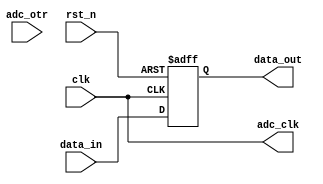
module ad9226 (
    input clk,
    input rst_n,
    input [11:0] data_in,
    input adc_otr,
    output adc_clk,
    output reg [11:0] data_out
);

assign adc_clk = clk;

always @(posedge clk or negedge rst_n) begin
    if(!rst_n)begin
        data_out <= 12'd0;
    end
    else begin
        data_out <= data_in;
    end
end

endmodule //ad9226